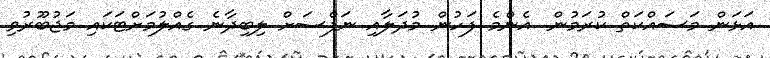
އަޅަން މަސައްކަތް ކުރަމުން. އެންމެ ފަހުން މުދަލާއި ނަފްސަށް ލިބިދާނެ ގެއްލުމަށްޓަކައި މަޖުބޫރުވި